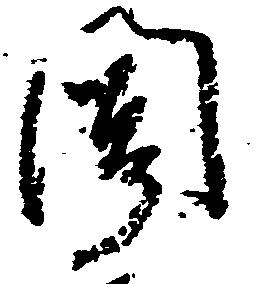
聞